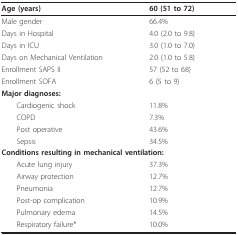
| Age (years) | 60 (51 to 72) |
 | --- | --- |
 | Male gender | 66.4% |
 | Days in Hospital | 4.0 (2.0 to 9.8) |
 | Days in ICU | 3.0 (1.0 to 7.0) |
 | Days on Mechanical Ventilation | 2.0 (1.0 to 5.8) |
 | Enrollment SAPS II | 57 (52 to 68) |
 | Enrollment SOFA | 6 (5 to 9) |
 | Major diagnoses: |  |
 | Cardiogenic shock | 11.8% |
 | COPD | 7.3% |
 | Post operative | 43.6% |
 | Sepsis | 34.5% |
 | <COLSPAN=2> Conditions resulting in mechanical ventilation: |
 | Acute lung injury | 37.3% |
 | Airway protection | 12.7% |
 | Pneumonia | 12.7% |
 | Post-op complication | 10.9% |
 | Pulmonary edema | 14.5% |
 | Respiratory failure* | 10.0% |